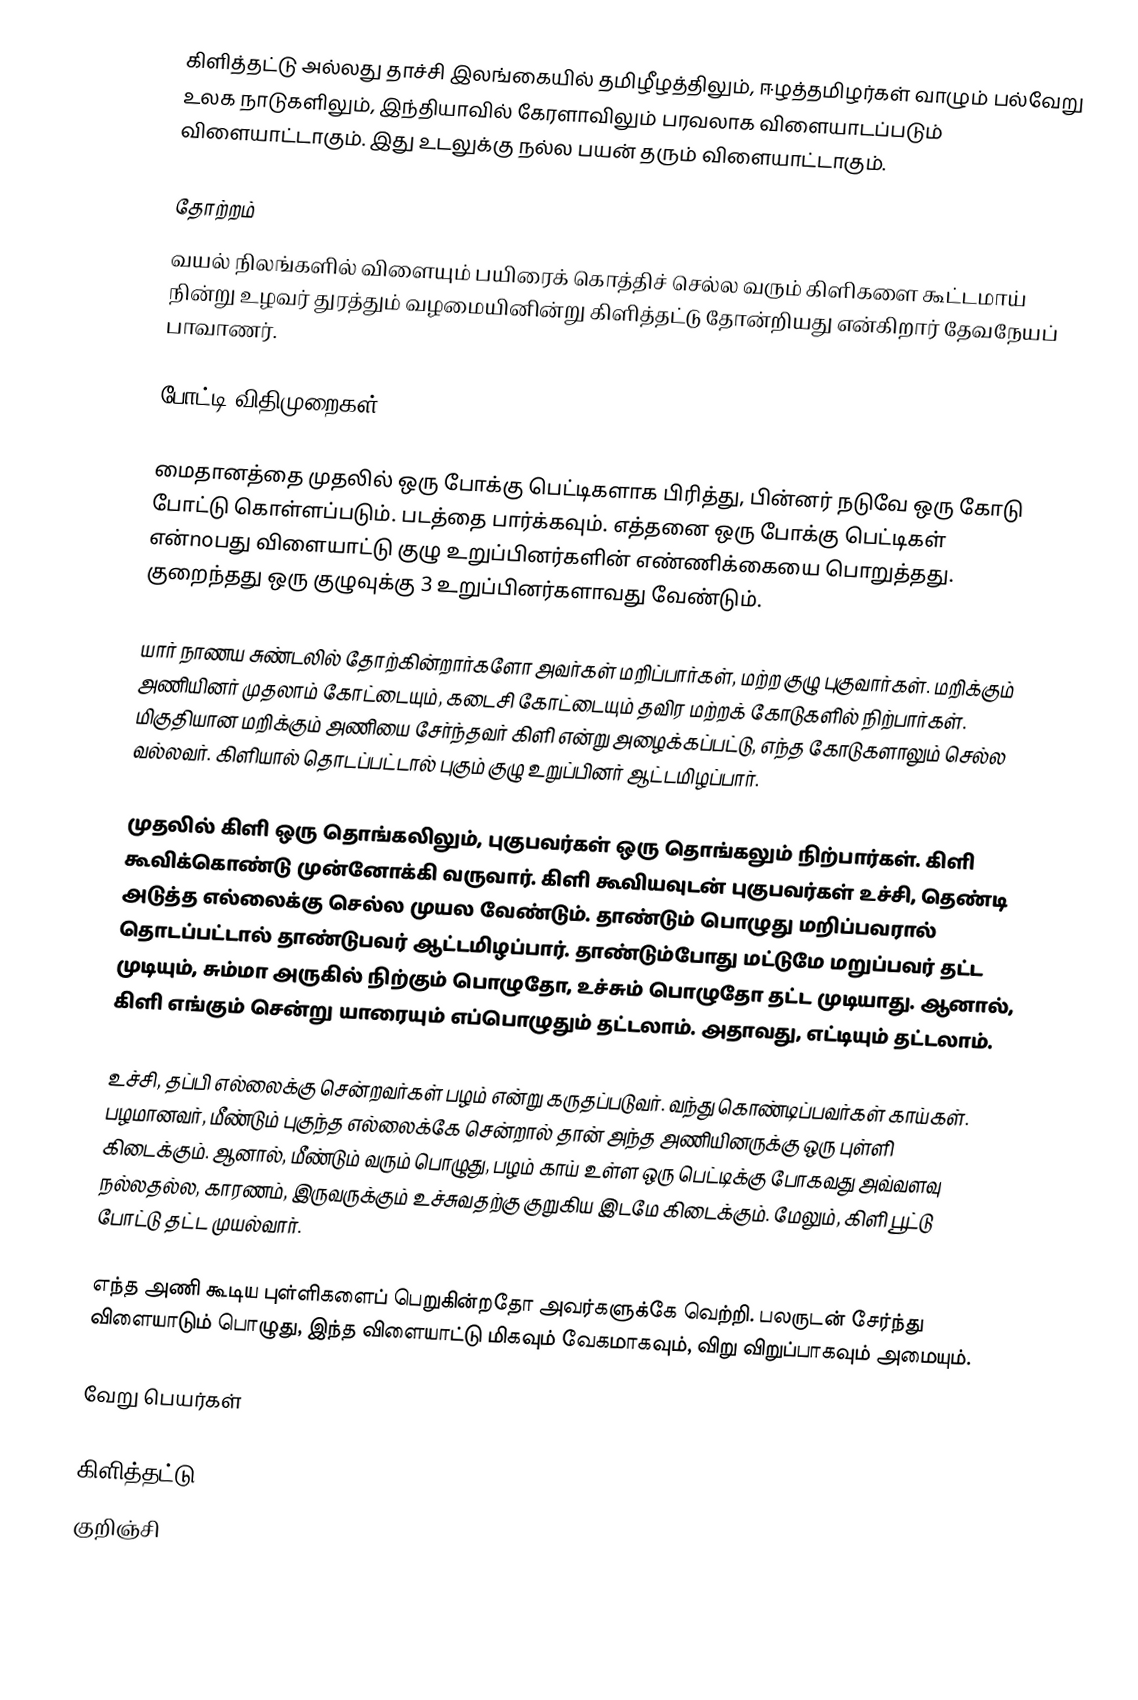
கிளித்தட்டு அல்லது தாச்சி இலங்கையில் தமிழீழத்திலும், ஈழத்தமிழர்கள் வாழும் பல்வேறு உலக நாடுகளிலும், இந்தியாவில் கேரளாவிலும் பரவலாக விளையாடப்படும் விளையாட்டாகும். இது உடலுக்கு நல்ல பயன் தரும் விளையாட்டாகும்.

தோற்றம்
வயல் நிலங்களில் விளையும் பயிரைக் கொத்திச் செல்ல வரும் கிளிகளை கூட்டமாய் நின்று உழவர் துரத்தும் வழமையினின்று கிளித்தட்டு தோன்றியது என்கிறார் தேவநேயப் பாவாணர்.

போட்டி விதிமுறைகள்

மைதானத்தை முதலில் ஒரு போக்கு பெட்டிகளாக பிரித்து, பின்னர் நடுவே ஒரு கோடு போட்டு கொள்ளப்படும். படத்தை பார்க்கவும். எத்தனை ஒரு போக்கு பெட்டிகள் என்noபது விளையாட்டு குழு உறுப்பினர்களின் எண்ணிக்கையை பொறுத்தது. குறைந்தது ஒரு குழுவுக்கு 3 உறுப்பினர்களாவது வேண்டும்.

யார் நாணய சுண்டலில் தோற்கின்றார்களோ அவர்கள் மறிப்பார்கள், மற்ற குழு புகுவார்கள். மறிக்கும் அணியினர் முதலாம் கோட்டையும், கடைசி கோட்டையும் தவிர மற்றக் கோடுகளில் நிற்பார்கள். மிகுதியான மறிக்கும் அணியை சேர்ந்தவர் கிளி என்று அழைக்கப்பட்டு, எந்த கோடுகளாலும் செல்ல வல்லவர். கிளியால் தொடப்பட்டால் புகும் குழு உறுப்பினர் ஆட்டமிழப்பார்.

முதலில் கிளி ஒரு தொங்கலிலும், புகுபவர்கள் ஒரு தொங்கலும் நிற்பார்கள். கிளி கூவிக்கொண்டு முன்னோக்கி வருவார். கிளி கூவியவுடன் புகுபவர்கள் உச்சி, தெண்டி அடுத்த எல்லைக்கு செல்ல முயல வேண்டும். தாண்டும் பொழுது மறிப்பவரால் தொடப்பட்டால் தாண்டுபவர் ஆட்டமிழப்பார். தாண்டும்போது மட்டுமே மறுப்பவர் தட்ட முடியும், சும்மா அருகில் நிற்கும் பொழுதோ, உச்சும் பொழுதோ தட்ட முடியாது. ஆனால், கிளி எங்கும் சென்று யாரையும் எப்பொழுதும் தட்டலாம். அதாவது, எட்டியும் தட்டலாம்.

உச்சி, தப்பி எல்லைக்கு சென்றவர்கள் பழம் என்று கருதப்படுவர். வந்து கொண்டிப்பவர்கள் காய்கள். பழமானவர், மீண்டும் புகுந்த எல்லைக்கே சென்றால் தான் அந்த அணியினருக்கு ஒரு புள்ளி கிடைக்கும். ஆனால், மீண்டும் வரும் பொழுது, பழம் காய் உள்ள ஒரு பெட்டிக்கு போகவது அவ்வளவு நல்லதல்ல, காரணம், இருவருக்கும் உச்சுவதற்கு குறுகிய இடமே கிடைக்கும். மேலும், கிளி பூட்டு போட்டு தட்ட முயல்வார்.

எந்த அணி கூடிய புள்ளிகளைப் பெறுகின்றதோ அவர்களுக்கே வெற்றி. பலருடன் சேர்ந்து விளையாடும் பொழுது, இந்த விளையாட்டு மிகவும் வேகமாகவும், விறு விறுப்பாகவும் அமையும்.

வேறு பெயர்கள்

 கிளித்தட்டு
குறிஞ்சி